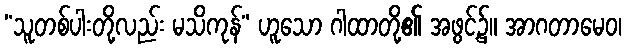
“သူတစ်ပါးတို့လည်း မသိကုန်” ဟူသော ဂါထာတို့၏ အဖွင့်၌။ အာဂတာမေဝ၊